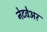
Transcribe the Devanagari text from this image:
नेटवेअर